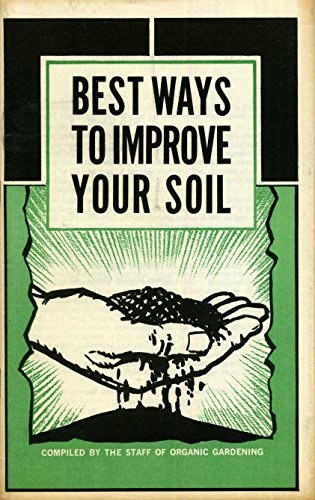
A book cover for best ways to improve your soil; Crafts, Hobbies & Home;